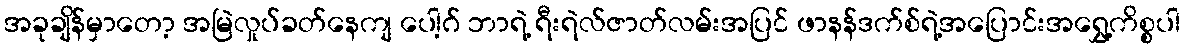
အခုချိန်မှာတော့ အမြဲလှုပ်ခတ်နေကျ ပေါ့ဂ် ဘာရဲ့ ရီးရဲလ်ဇာတ်လမ်းအပြင် ဖာနန်ဒက်စ်ရဲ့အပြောင်းအရွှေ့ကိစ္စပါ